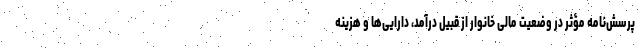
پرسش‌نامه مؤثر در وضعیت مالی خانوار از قبیل درآمد، دارایی‌ها و هزینه